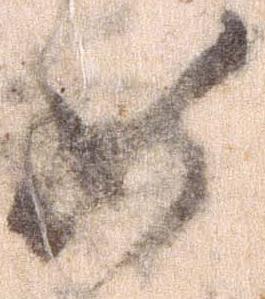
如